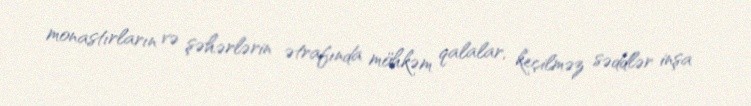
monastırların və şəhərlərin ətrafında möhkəm qalalar, keçilməz səddlər inşa